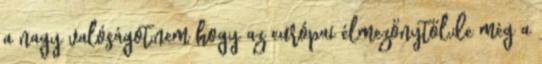
a nagy valóságot,nem hogy az európai élmezőnytől,de még a